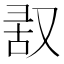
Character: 𪠬